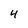
Character: 4